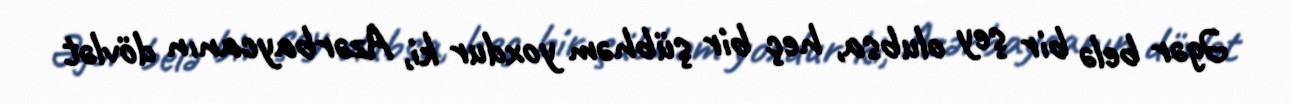
Əgər belə bir şey olubsa, heç bir şübhəm yoxdur ki, Azərbaycanın dövlət